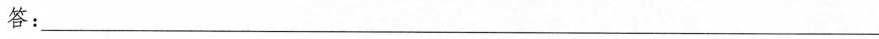
答：___